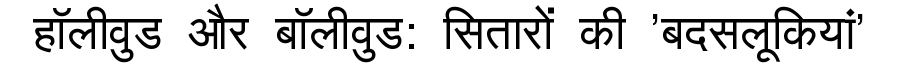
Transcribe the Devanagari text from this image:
हॉलीवुड और बॉलीवुड: सितारों की 'बदसलूकियां'